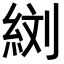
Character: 𦀑